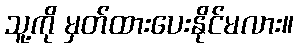
သူ့ကို မှတ်ထားပေးနိုင်မလား။